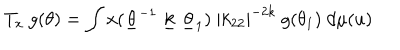
T _ { x } ~ g ( \theta ) = \int x ( \underline { { { \theta } } } ^ { - 1 } ~ \underline { { { k } } } ~ \underline { { { \theta } } } _ { 1 } ) ~ { \mid k _ { 2 2 } \mid } ^ { - 2 k } ~ g ( \theta _ { 1 } ) ~ d \mu ( u )